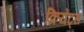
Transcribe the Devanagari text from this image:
क्रियेट्स